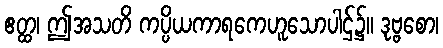
ဧတ္ထ၊ ဤအသတိ ကပ္ပိယကာရကေဟူသောပါဌ်၌။ ဒုဗ္ဗစော၊